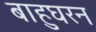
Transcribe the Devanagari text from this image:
बाहुघरन